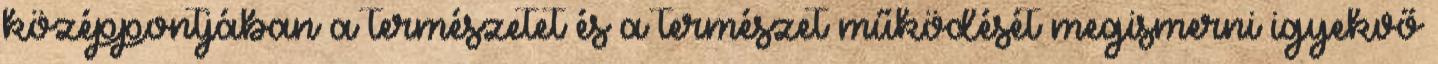
középpontjában a természetet és a természet működését megismerni igyekvő